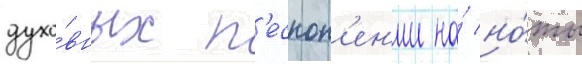
духо́вных п'есноп'ен'ии на́ но́ты